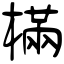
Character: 樠